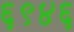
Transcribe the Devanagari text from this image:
६९४६